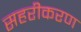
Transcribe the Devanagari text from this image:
सहरीकरण